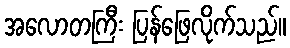
အလောတကြီး ပြန်ဖြေလိုက်သည်။